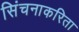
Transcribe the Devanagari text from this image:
सिंचनाकरिता